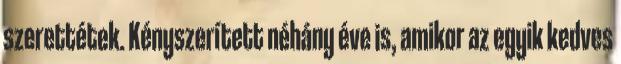
szerettétek. Kényszerített néhány éve is, amikor az egyik kedves